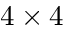
4 \times 4